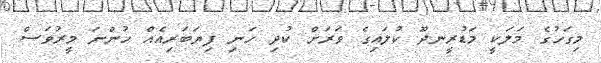
މިގަހުގެ މަލަކީ މަޑުރީނދޫ ކުލައިގެ ވަރަށް ކުދި ހަނި ފިޔަބަރިއެއް ހުންނަ މީރުވަސް